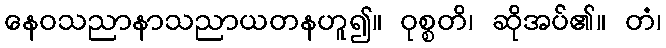
နေဝသညာနာသညာယတနဟူ၍။ ဝုစ္စတိ၊ ဆိုအပ်၏။ တံ၊